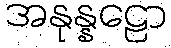
အနုန္နဠော